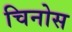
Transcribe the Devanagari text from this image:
चिनोस